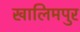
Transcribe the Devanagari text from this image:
खालिमपुर